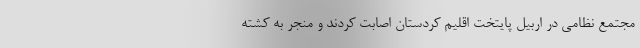
مجتمع نظامی در اربیل پایتخت اقلیم کردستان اصابت کردند و منجر به کشته